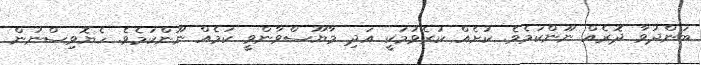
ބަންދުވާ ދޮރެއް ނޫންކަމެވެ. ކުށެއް ކުރެވުމަކީ އަދި މާޔޫސްވާންވީ ކަމެއް ނޫންކަމެވެ. ހެޔޮވިސްނުން